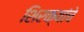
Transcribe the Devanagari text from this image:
शिरक्यांचे